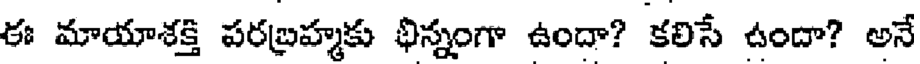
ఈ మాయాశక్తి పరబ్రహ్మకు భిన్నంగా ఉందా? కలిసే ఉందా? అనే